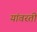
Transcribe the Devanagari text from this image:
यांवरती